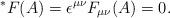
LaTeX: \begin{align*}\ ^*F(A) = \epsilon^{\mu \nu}F_{\mu\nu}(A) = 0 .\end{align*}